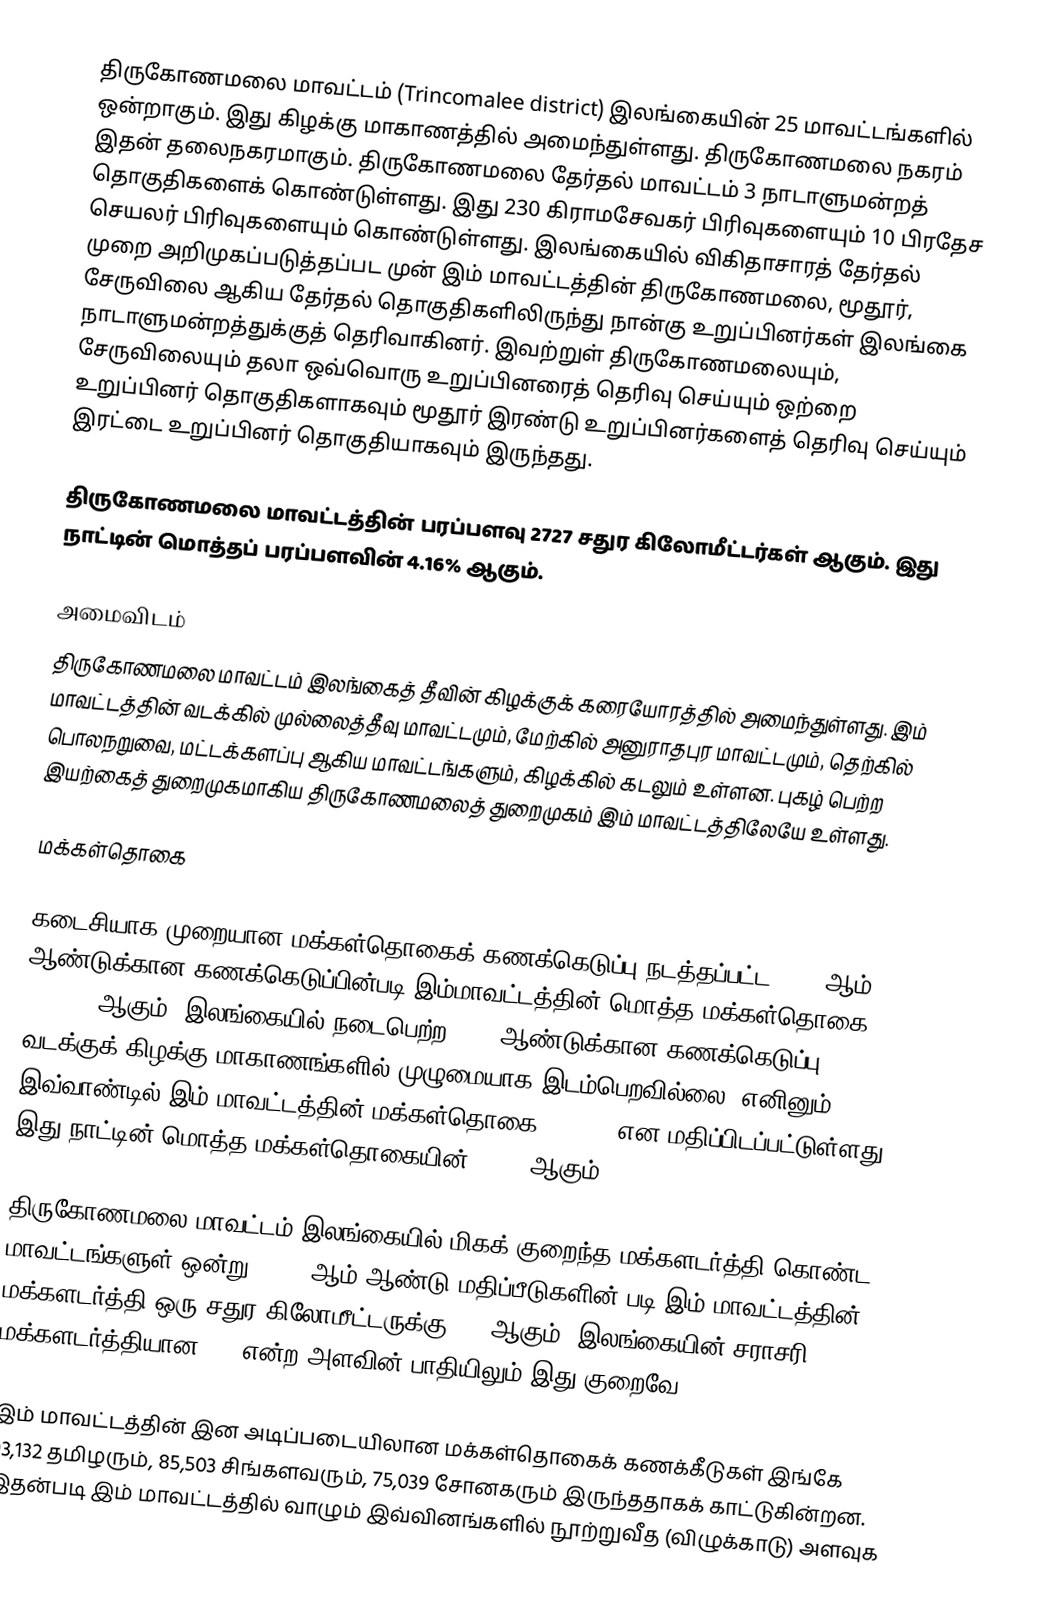
திருகோணமலை மாவட்டம் (Trincomalee district) இலங்கையின் 25 மாவட்டங்களில் ஒன்றாகும். இது கிழக்கு மாகாணத்தில் அமைந்துள்ளது. திருகோணமலை நகரம் இதன் தலைநகரமாகும். திருகோணமலை தேர்தல் மாவட்டம் 3 நாடாளுமன்றத் தொகுதிகளைக் கொண்டுள்ளது. இது 230 கிராமசேவகர் பிரிவுகளையும் 10 பிரதேச செயலர் பிரிவுகளையும் கொண்டுள்ளது. இலங்கையில் விகிதாசாரத் தேர்தல் முறை அறிமுகப்படுத்தப்பட முன் இம் மாவட்டத்தின் திருகோணமலை, மூதூர், சேருவிலை ஆகிய தேர்தல் தொகுதிகளிலிருந்து நான்கு உறுப்பினர்கள் இலங்கை நாடாளுமன்றத்துக்குத் தெரிவாகினர். இவற்றுள் திருகோணமலையும், சேருவிலையும் தலா ஒவ்வொரு உறுப்பினரைத் தெரிவு செய்யும் ஒற்றை உறுப்பினர் தொகுதிகளாகவும் மூதூர் இரண்டு உறுப்பினர்களைத் தெரிவு செய்யும் இரட்டை உறுப்பினர் தொகுதியாகவும் இருந்தது.

திருகோணமலை மாவட்டத்தின் பரப்பளவு 2727 சதுர கிலோமீட்டர்கள் ஆகும். இது நாட்டின் மொத்தப் பரப்பளவின் 4.16% ஆகும்.

அமைவிடம்
திருகோணமலை மாவட்டம் இலங்கைத் தீவின் கிழக்குக் கரையோரத்தில் அமைந்துள்ளது. இம் மாவட்டத்தின் வடக்கில் முல்லைத்தீவு மாவட்டமும், மேற்கில் அனுராதபுர மாவட்டமும், தெற்கில் பொலநறுவை, மட்டக்களப்பு ஆகிய மாவட்டங்களும், கிழக்கில் கடலும் உள்ளன. புகழ் பெற்ற இயற்கைத் துறைமுகமாகிய திருகோணமலைத் துறைமுகம் இம் மாவட்டத்திலேயே உள்ளது.

மக்கள்தொகை

கடைசியாக முறையான மக்கள்தொகைக் கணக்கெடுப்பு நடத்தப்பட்ட 1981 ஆம் ஆண்டுக்கான கணக்கெடுப்பின்படி இம்மாவட்டத்தின் மொத்த மக்கள்தொகை 255,948 ஆகும். இலங்கையில் நடைபெற்ற 2001 ஆண்டுக்கான கணக்கெடுப்பு வடக்குக் கிழக்கு மாகாணங்களில் முழுமையாக இடம்பெறவில்லை. எனினும் இவ்வாண்டில் இம் மாவட்டத்தின் மக்கள்தொகை 340,158 என மதிப்பிடப்பட்டுள்ளது. இது நாட்டின் மொத்த மக்கள்தொகையின் 1.81% ஆகும்.

திருகோணமலை மாவட்டம் இலங்கையில் மிகக் குறைந்த மக்களடர்த்தி கொண்ட மாவட்டங்களுள் ஒன்று. 2001 ஆம் ஆண்டு மதிப்பீடுகளின் படி இம் மாவட்டத்தின் மக்களடர்த்தி ஒரு சதுர கிலோமீட்டருக்கு 138 ஆகும். இலங்கையின் சராசரி மக்களடர்த்தியான 300 என்ற அளவின் பாதியிலும் இது குறைவே.

இம் மாவட்டத்தின் இன அடிப்படையிலான மக்கள்தொகைக் கணக்கீடுகள் இங்கே 93,132 தமிழரும், 85,503 சிங்களவரும், 75,039 சோனகரும் இருந்ததாகக் காட்டுகின்றன. இதன்படி இம் மாவட்டத்தில் வாழும் இவ்வினங்களில் நூற்றுவீத (விழுக்காடு) அளவுக